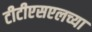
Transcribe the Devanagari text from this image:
टीटीएसएलच्या